Leaving Certificate Examination, 1924
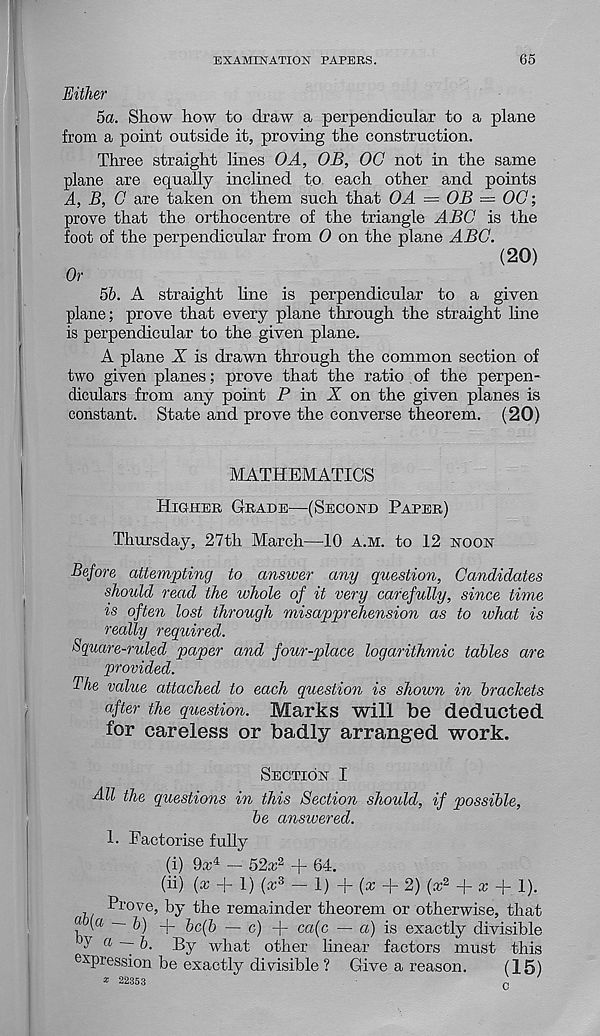
EXAMINATION PAPERS.
65
Either
5a. Show how to draw a perpendicular to a plane
from a point outside it, proving the construction.
Three straight lines OA, OB, OG not in the same
plane are equally inclined to each other and points
A, B, 0 are taken on them such that OA = OB — 00;
prove that the orthocentre of the triangle ABO is the
foot of the perpendicular from 0 on the plane ABC.
(20)
Or
5b. A straight line is perpendicular to a given
plane; prove that every plane through the straight line
is perpendicular to the given plane.
A plane X is drawn through the common section of
two given planes; prove that the ratio of the perpen-
diculars from any point P in A on the given planes is
constant. State and prove the converse theorem. (20)
MATHEMATICS
Higher Grade—(Second Paper)
Thursday, 27th March—10 a.m. to 12 noon
Before attempting to answer any question, Candidates
should read the whole of it very carefully, since time
is often lost through misapprehension as to what is
really required.
Square-ruled paper and four-place logarithmic tables are
provided.
The value attached to each question is shown in brackets
after the question. Marks will be deducted
for careless or badly arranged work.
Section I
All the questions in this Section should, if possible,
be answered.
1. Factorise fully
(i) 9x 4 - 52* 2 + 64.
(ii) {x + 1) (x z - 1) f (x I- 2) (.r 2 + » + 1).
Prove, by the remainder theorem or otherwise, that
«(« — &) -p. & c (5 _ c ) _|_ ca(c — a) is exactly divisible
y a ~ b. By what other linear factors must this
expression be exactly divisible ? Give a reason.
(15)
* 22353
r ,